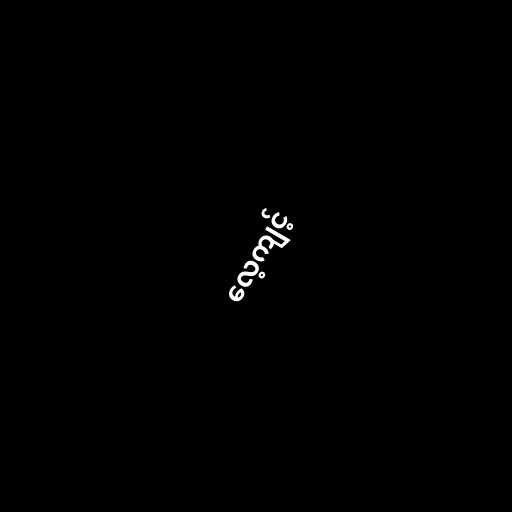
လေ့ကျင့်